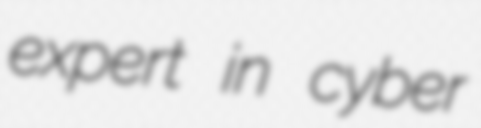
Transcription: expert in cyber